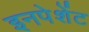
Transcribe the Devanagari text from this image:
इनपेशेंट